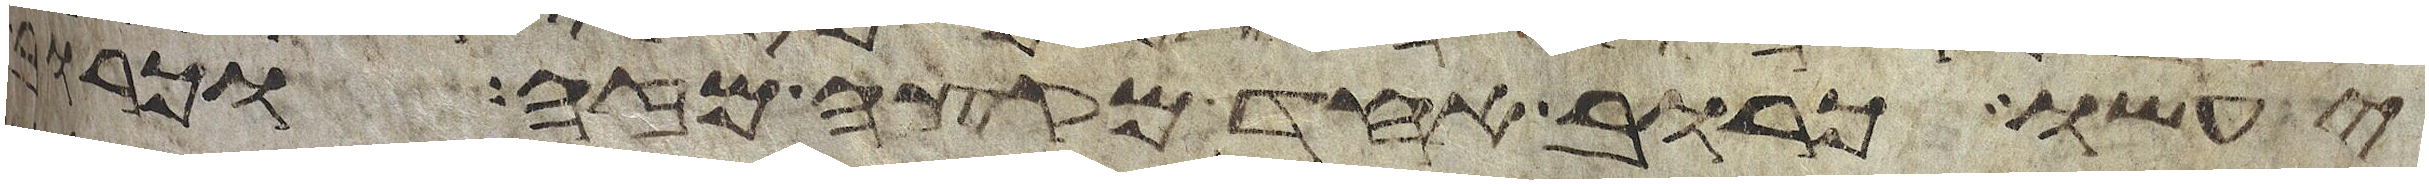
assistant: יעשו כרוב אחד מקצה מזה וכרוב